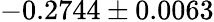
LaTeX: -0.2744\pm 0.0063